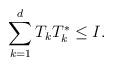
LaTeX: \begin{align*}\sum_{k=1}^d T_kT_k^*\leq I. \end{align*}